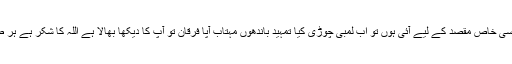
سعیدہ آپا نے بتایا تو ہو گا میں کسی خاص مقصد کے لیے آئی ہوں تو اب لمبی چوڑی کیا تمہید باندھوں مہتاب آپا فرقان تو آپ کا دیکھا بھالا ہے اللہ کا شکر ہے ہر طرح سے نوازا ہے اس نے ہمیں۔